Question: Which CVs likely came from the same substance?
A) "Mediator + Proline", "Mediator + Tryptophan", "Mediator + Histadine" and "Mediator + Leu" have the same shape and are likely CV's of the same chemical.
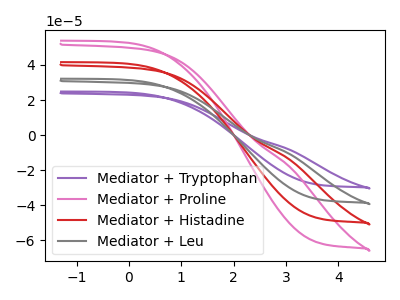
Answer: <think>The purple curve "Mediator + Tryptophan" has no peaks. The pink curve "Mediator + Proline" has no peaks. The red curve "Mediator + Histadine" has no peaks. The gray curve "Mediator + Leu" has no peaks.
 Neither "Mediator + Tryptophan" or "Mediator + Proline" have any peaks. Neither "Mediator + Tryptophan" or "Mediator + Histadine" have any peaks. Neither "Mediator + Tryptophan" or "Mediator + Leu" have any peaks. Neither "Mediator + Proline" or "Mediator + Histadine" have any peaks. Neither "Mediator + Proline" or "Mediator + Leu" have any peaks. Neither "Mediator + Histadine" or "Mediator + Leu" have any peaks.</think>
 <answer>A) "Mediator + Proline", "Mediator + Tryptophan", "Mediator + Histadine" and "Mediator + Leu" have the same shape and are likely CV's of the same chemical.</answer>
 <eval>A</eval>